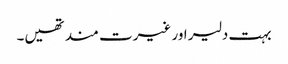
بہت دلیر اور غیرت مند تھیں۔